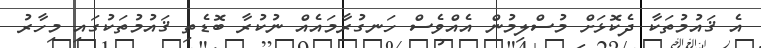
އެ ޤައުމުތަކާ ދެކޮޅަށް މުސްލިމުން އެއްވެސް ހަނގުރާމައެއް ނުކުރާ ބޮޑެތި ޤައުމުތަކުގައި މިހާރު